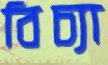
বিচ্যা